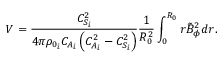
V = \frac { C _ { S _ { i } } ^ { 2 } } { 4 \pi \rho _ { 0 _ { i } } C _ { A _ { i } } \left( C _ { A _ { i } } ^ { 2 } - C _ { S _ { i } } ^ { 2 } \right) } \frac { 1 } { R _ { 0 } ^ { 2 } } \int _ { 0 } ^ { R _ { 0 } } { r \tilde { B } _ { \phi } ^ { 2 } d r } .